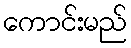
ကောင်းမည်